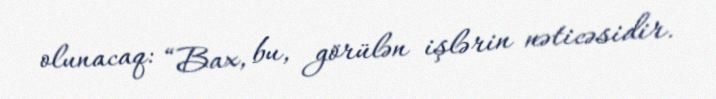
olunacaq: “Bax, bu, görülən işlərin nəticəsidir.